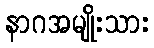
နာဂအမျိုးသား